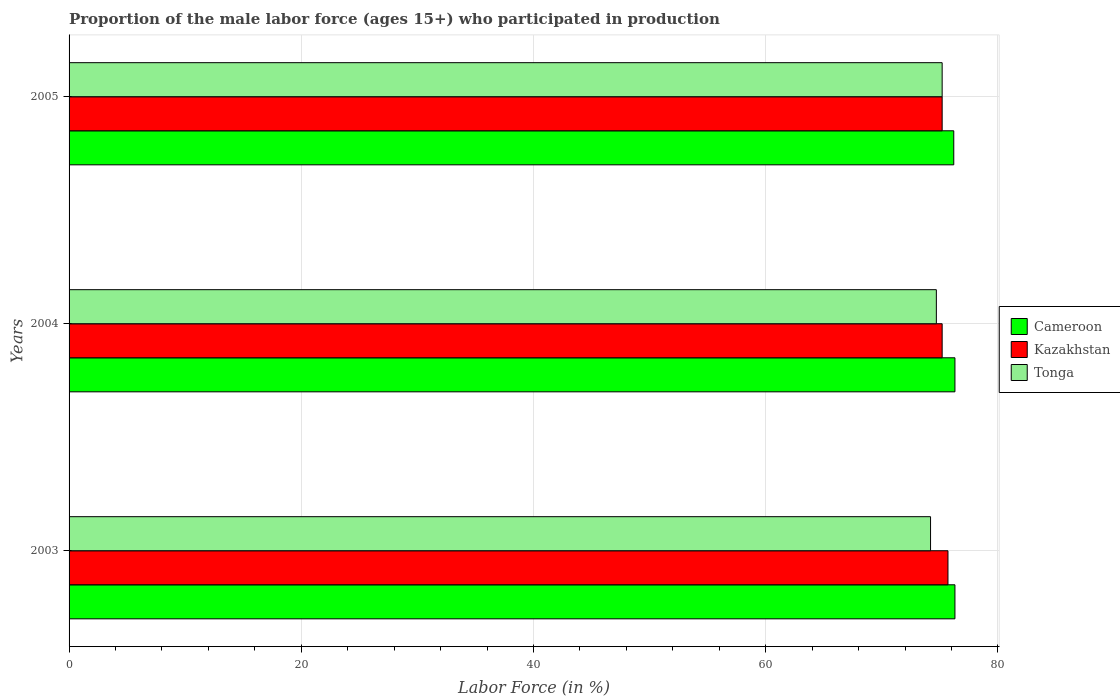
| Years | Cameroon | Kazakhstan | Tonga |
 | --- | --- | --- | --- |
 | 2003 | 76.3 | 75.7 | 74.2 |
 | 2004 | 76.3 | 75.2 | 74.7 |
 | 2005 | 76.2 | 75.2 | 75.2 |